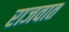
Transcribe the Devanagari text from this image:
राजवात